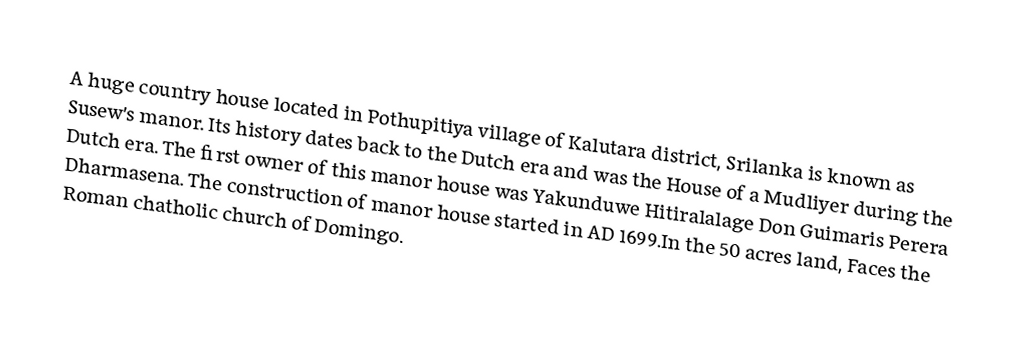
A huge country house located in Pothupitiya village of Kalutara district, Srilanka is known as Susew's manor.  Its history dates back to the Dutch era and was the House of a Mudliyer during the Dutch era.  The first owner of this manor house was Yakunduwe Hitiralalage Don Guimaris Perera Dharmasena.  The construction of manor house started in AD 1699.In the 50 acres land, Faces the Roman chatholic church of Domingo.